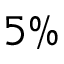
5 \%